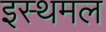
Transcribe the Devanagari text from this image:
इस्थमल